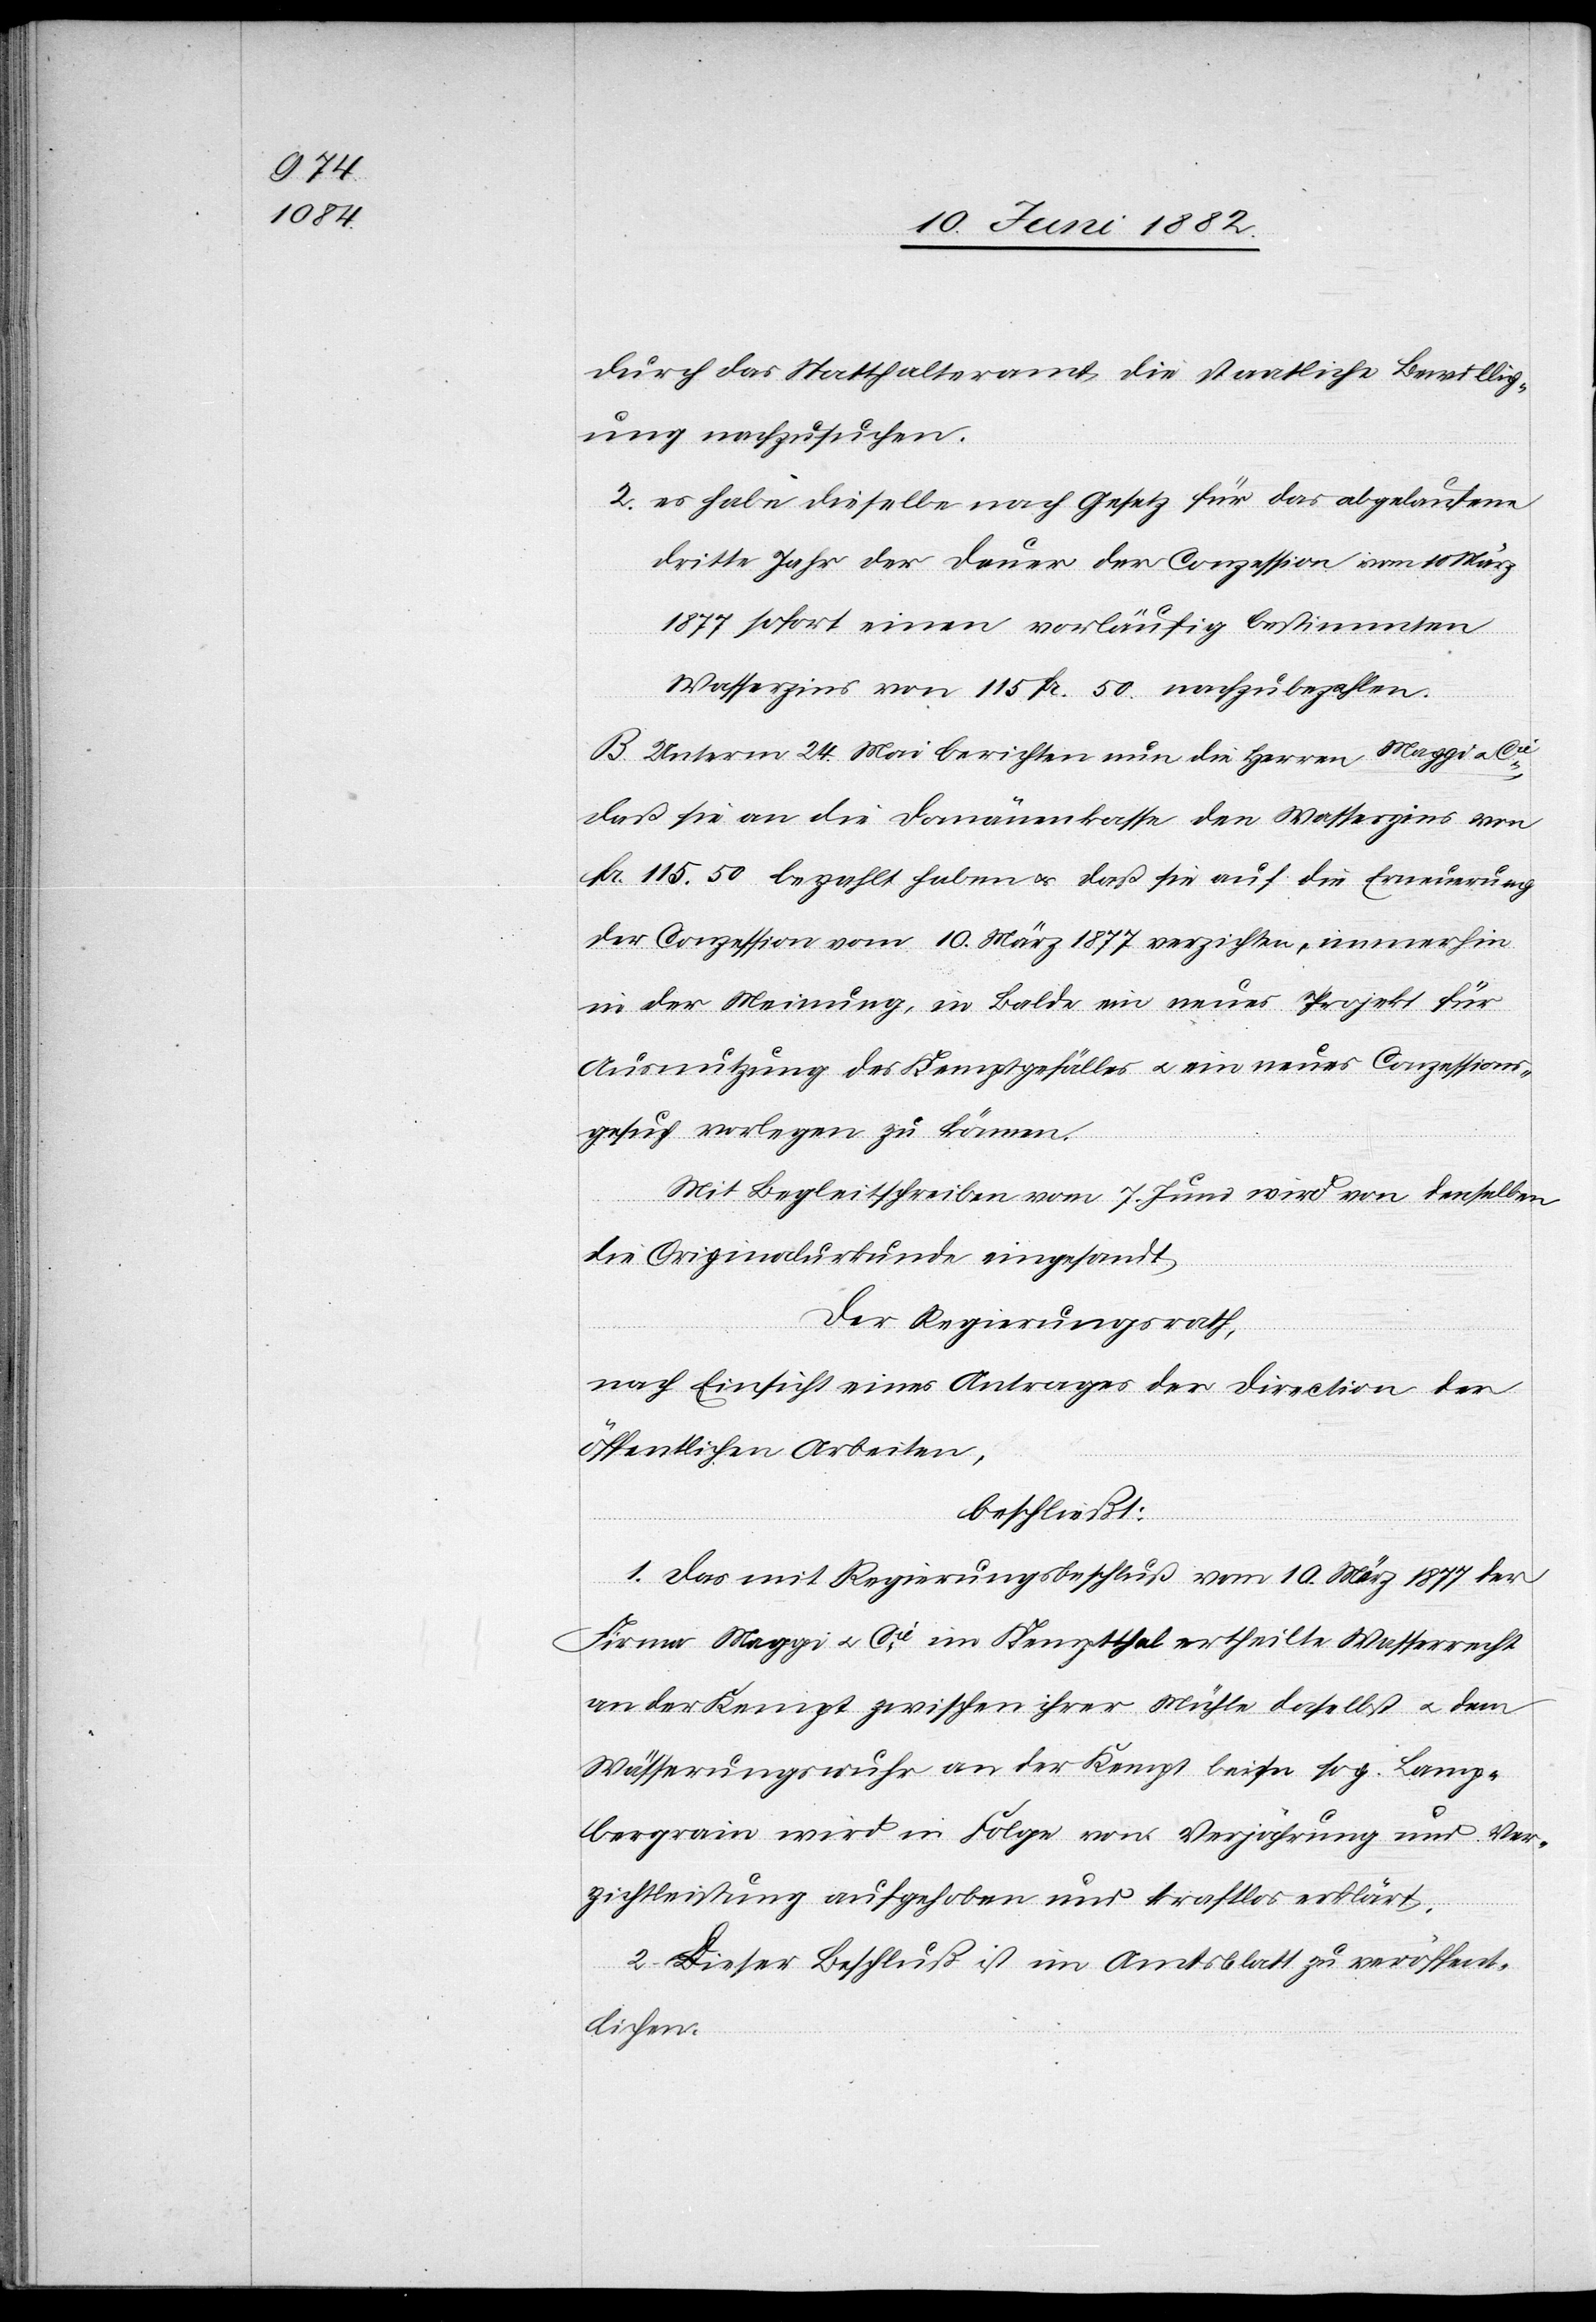
durch das Statthalteramt die staatliche Bewillig¬
ung nachzusuchen.
2. es habe dieselbe nach Gesetz für das abgelaufene
dritte Jahr der Dauer der Conzession vom 10. März
1877 sofort einen vorläufig bestimmten
Wasserzins von 115 Fr. 50 nachzubezahlen.
B. Unterm 24. Mai berichten nun die Herren Maggie
daß sie an die Domänenkasse den Wasserzins von
Fr. 115.50 bezahlt haben u. daß sie auf die Erneuerung
der Conzession vom 10. März 1877 verzichten, immerhin
in der Meinung, in Bälde ein neues Projekt für
Ausnutzung des Kemptgefälles u. ein neues Conzessions¬
gesuch vorlegen zu können.
Mit Begleitschreiben vom 7. Juni wird von denselben
die Originalurkunde eingesandt.
Der Regierungsrath,
nach Einsicht eines Antrages der Direction der
öffentlichen Arbeiten,
beschließt:
1. Das mit Regierungsbeschluß vom 10. März 1877 der
Firma Maggi u. Cie im Kemptthal ertheilte Wasserrecht
an der Kempt zwischen ihrer Mühle daselbst u. dem
Wässerungswuhr an der Kempt beim sog. Lamp¬
bergrain [sic!] wird in Folge von Verjährung und Ver¬
zichtung aufgehoben und kraftlos erklärt.
2. Dieser Beschluß ist im Amtsblatt zu veröffent¬
lichen.